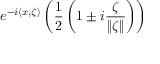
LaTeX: e ^ { - i \langle x , \zeta \rangle } \left( { \frac { 1 } { 2 } } \left( 1 \pm i { \frac { \zeta } { \| \zeta \| } } \right) \right)